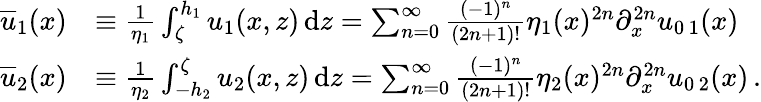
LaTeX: \begin{array}{rl}{{\overline{{u}}}_{1}(x)}&{\equiv\frac{1}{\eta_{1}}\int_{\zeta}^{h_{1}}u_{1}(x,z)\, \mathrm{d}z=\sum_{n=0}^{\infty}\frac{(-1)^{n}}{(2n+1)!}\eta_{1}(x)^{2n}\partial_{x}^{2n}u_{0\, 1}(x)\, }\\ {{\overline{{u}}}_{2}(x)}&{\equiv\frac{1}{\eta_{2}}\int_{-h_{2}}^{\zeta}u_{2}(x,z)\, \mathrm{d}z=\sum_{n=0}^{\infty}\frac{(-1)^{n}}{(2n+1)!}\eta_{2}(x)^{2n}\partial_{x}^{2n}u_{0\, 2}(x)\, .}\end{array}